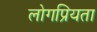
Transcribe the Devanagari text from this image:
लोगप्रियता